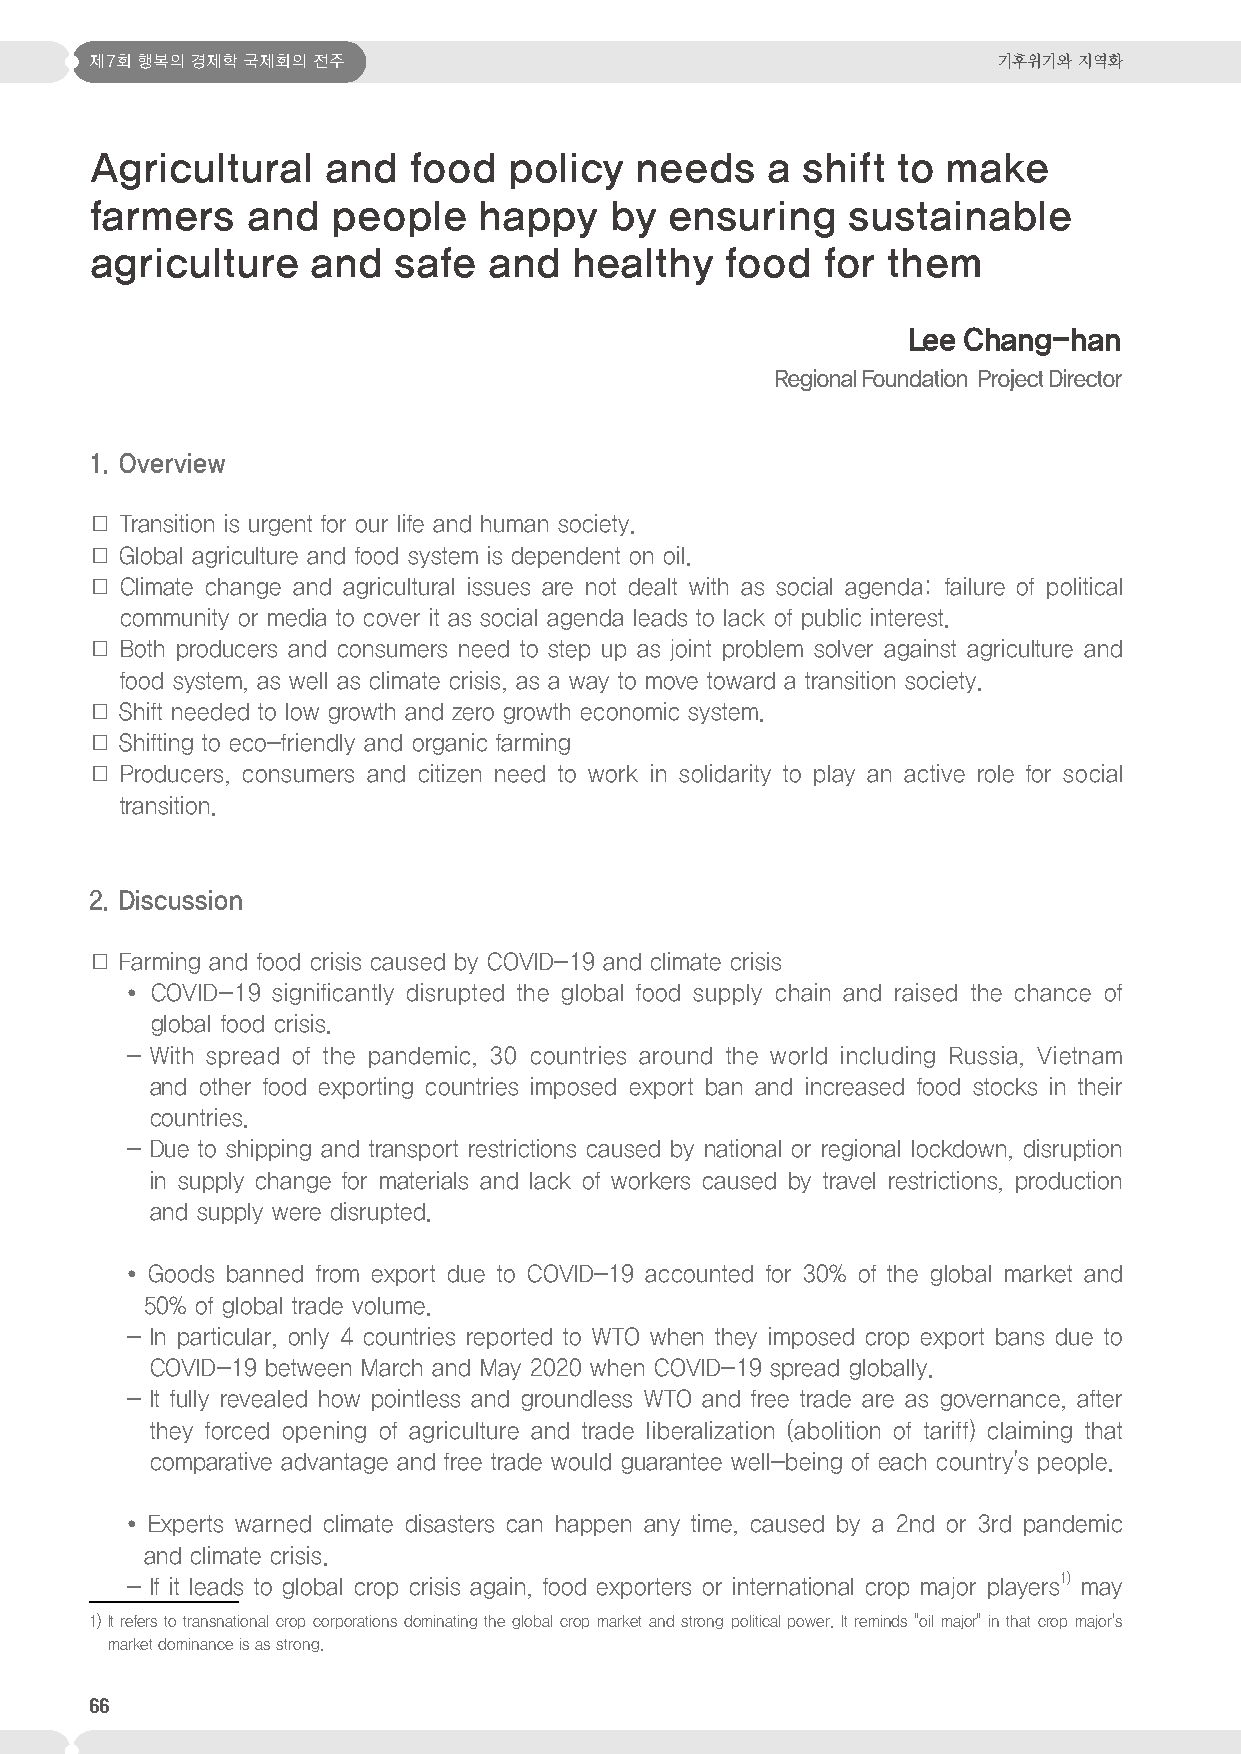
제7회 행복의 경제학 국제회의 전주                                         기후위기와 지역화
 Agricultural   and   food   policy  needs    a shift to make
 farmers   and   people    happy   by  ensuring    sustainable
 agriculture   and   safe  and   healthy   food  for  them
 Lee Chang-han
 Regional Foundation Project Director
 1. Overview
 □ Transition is urgent for our life and human society.
 □ Global agriculture and food system is dependent on oil.
 □ Climate change and agricultural issues are not dealt with as social agenda: failure of political
 community or media to cover it as social agenda leads to lack of public interest.
 □ Both producers and consumers need to step up as joint problem solver against agriculture and
 food system, as well as climate crisis, as a way to move toward a transition society.
 □ Shift needed to low growth and zero growth economic system.
 □ Shifting to eco-friendly and organic farming
 □ Producers, consumers and citizen need to work in solidarity to play an active role for social
 transition.
 2. Discussion
 □ Farming and food crisis caused by COVID-19 and climate crisis
 ● COVID-19 significantly disrupted the global food supply chain and raised the chance of
 global food crisis.
 - With spread of the pandemic, 30 countries around the world including Russia, Vietnam
 and other food exporting countries imposed export ban and increased food stocks in their
 countries.
 - Due to shipping and transport restrictions caused by national or regional lockdown, disruption
 in supply change for materials and lack of workers caused by travel restrictions, production
 and supply were disrupted.
 ● Goods banned from export due to COVID-19 accounted for 30% of the global market and
 50% of global trade volume.
 - In particular, only 4 countries reported to WTO when they imposed crop export bans due to
 COVID-19 between March and May 2020 when COVID-19 spread globally.
 - It fully revealed how pointless and groundless WTO and free trade are as governance, after
 they forced opening of agriculture and trade liberalization (abolition of tariff) claiming that
 comparative advantage and free trade would guarantee well-being of each country's people.
 ● Experts warned climate disasters can happen any time, caused by a 2nd or 3rd pandemic
 and climate crisis.
 - If it leads to global crop crisis again, food exporters or international crop major players1) may
 1) It refers to transnational crop corporations dominating the global crop market and strong political power. It reminds "oil major" in that crop major's
 market dominance is as strong.
 66